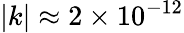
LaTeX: |k|\approx 2\times 10^{-12}